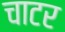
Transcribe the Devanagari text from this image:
चाटर